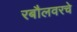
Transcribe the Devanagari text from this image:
रबौलवरचे